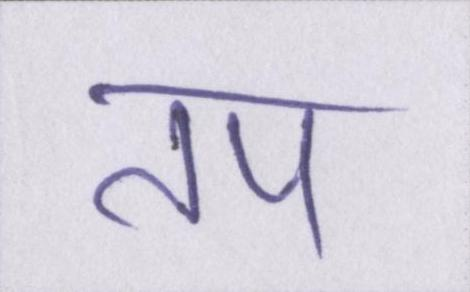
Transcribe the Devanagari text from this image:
तप